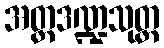
အတ္တဒဏ္ဍသုတ္တ